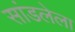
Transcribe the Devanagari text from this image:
सांडलेला